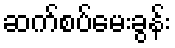
ဆက်စပ်မေးခွန်း